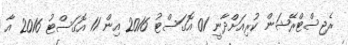
ރެޖިސްޓްރޭޝަން ކުރިއަށްދާނީ 01 އޮގަސްޓު 2016 އިން 11 އޮގަސްޓު 2016 އާ